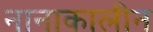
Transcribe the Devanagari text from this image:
नानाकालीन